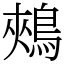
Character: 鵊